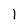
Character: 1